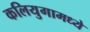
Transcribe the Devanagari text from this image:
कलियुगामध्ये